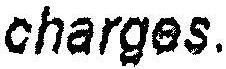
CHARGES.